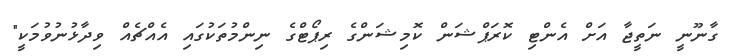
ގާނޫނީ ނަތީޖާ އަށް އެންޓި ކޮރަޕްޝަން ކޮމިޝަންގެ ރިޕޯޓްގެ ނިންމުތަކުގައި އެއްޗެއް ވިދާޅުނުވުމަކީ"